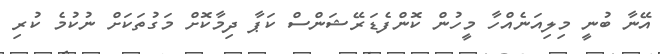
އޭނާ ބުނީ މިލިއަނެއްހާ މީހުން ކޮންފެޑަރޭޝަންސް ކަޕާ ދިމާކޮށް މަގުތަކަށް ނުކުމެ ކުރި